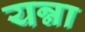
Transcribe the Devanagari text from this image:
यन्ना